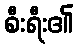
စီးရီး၏